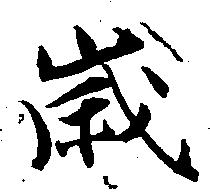
歳